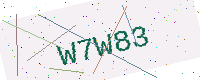
Text: W7W83